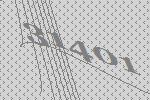
31401